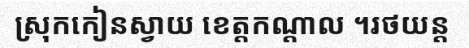
ស្រុកកៀនស្វាយ ខេត្តកណ្តាល ។រថយន្ត